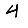
Digit: 4